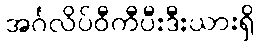
အင်္ဂလိပ်ဝီကီပီးဒီးယားရှိ